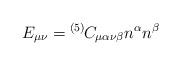
LaTeX: \begin{align*}E_{\mu\nu} = {}^{(5)\!}C_{\mu\alpha\nu\beta} n^\alpha n^\beta\end{align*}